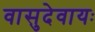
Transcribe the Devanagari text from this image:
वासुदेवायः